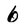
Character: 6